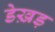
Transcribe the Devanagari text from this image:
डेख़ड़